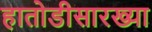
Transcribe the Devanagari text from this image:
हातोडीसारख्या